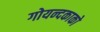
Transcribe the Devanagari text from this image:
गोयन्‍दकाको